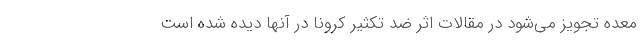
معده تجویز می‌شود در مقالات اثر ضد تکثیر کرونا در آنها دیده شده است